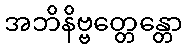
အဘိနိဗ္ဗတ္တေန္တော